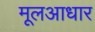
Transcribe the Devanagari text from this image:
मूलआधार